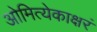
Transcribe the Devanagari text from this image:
ओमित्येकाक्षरं